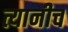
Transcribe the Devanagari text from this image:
त्यानीच